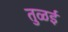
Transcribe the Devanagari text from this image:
तुळई